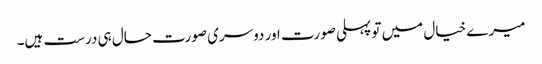
میرے خیال میں تو پہلی صورت اور دوسری صورت حال ہی درست ہیں۔